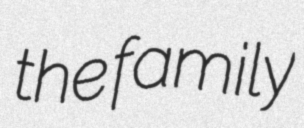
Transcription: the  family